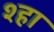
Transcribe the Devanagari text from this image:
श्हा